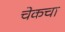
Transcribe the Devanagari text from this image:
चेकचा